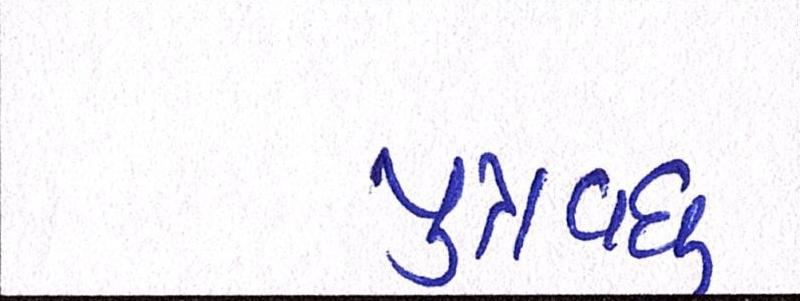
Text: પુત્રવધુ